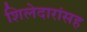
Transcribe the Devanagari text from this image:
शिलेदारांसह